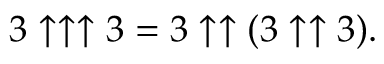
3 \uparrow \uparrow \uparrow 3 = 3 \uparrow \uparrow ( 3 \uparrow \uparrow 3 ) .